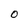
Character: O